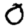
Digit: 0